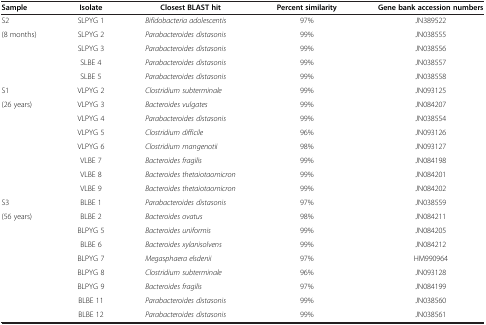
| Sample | Isolate | Closest BLAST hit | Percent similarity | Gene bank accession numbers |
 | --- | --- | --- | --- | --- |
 | S2 | SLPYG 1 | Bifidobacteria adolescentis | 97% | JN389522 |
 | (8 months) | SLPYG 2 | Parabacteroides distasonis | 99% | JN038555 |
 |  | SLPYG 3 | Parabacteroides distasonis | 99% | JN038556 |
 |  | SLBE 4 | Parabacteroides distasonis | 99% | JN038557 |
 |  | SLBE 5 | Parabacteroides distasonis | 99% | JN038558 |
 | S1 | VLPYG 2 | Clostridium subterminale | 99% | JN093125 |
 | (26 years) | VLPYG 3 | Bacteroides vulgates | 99% | JN084207 |
 |  | VLPYG 4 | Parabacteroides distasonis | 99% | JN038554 |
 |  | VLPYG 5 | Clostridium difficile | 96% | JN093126 |
 |  | VLPYG 6 | Clostridium mangenotii | 98% | JN093127 |
 |  | VLBE 7 | Bacteroides fragilis | 99% | JN084198 |
 |  | VLBE 8 | Bacteroides thetaiotaomicron | 99% | JN084201 |
 |  | VLBE 9 | Bacteroides thetaiotaomicron | 99% | JN084202 |
 | S3 | BLBE 1 | Parabacteroides distasonis | 97% | JN038559 |
 | (56 years) | BLBE 2 | Bacteroides ovatus | 98% | JN084211 |
 |  | BLPYG 5 | Bacteroides uniformis | 99% | JN084205 |
 |  | BLBE 6 | Bacteroides xylanisolvens | 99% | JN084212 |
 |  | BLPYG 7 | Megasphaera elsdenii | 97% | HM990964 |
 |  | BLPYG 8 | Clostridium subterminale | 96% | JN093128 |
 |  | BLPYG 9 | Bacteroides fragilis | 97% | JN084199 |
 |  | BLBE 11 | Parabacteroides distasonis | 99% | JN038560 |
 |  | BLBE 12 | Parabacteroides distasonis | 99% | JN038561 |